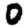
Digit: 0